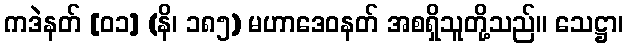
ကဒဲနတ် [၀၁] (နိ၊ ၁၈၅) မဟာဒေဝနတ် အစရှိသူတို့သည်။ သေဋ္ဌာ၊